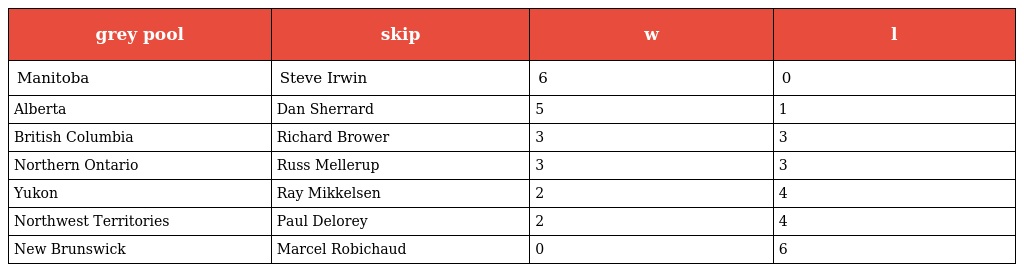
| grey pool | skip | w | l |
 | --- | --- | --- | --- |
 | Manitoba | Steve Irwin | 6 | 0 |
 | Alberta | Dan Sherrard | 5 | 1 |
 | British Columbia | Richard Brower | 3 | 3 |
 | Northern Ontario | Russ Mellerup | 3 | 3 |
 | Yukon | Ray Mikkelsen | 2 | 4 |
 | Northwest Territories | Paul Delorey | 2 | 4 |
 | New Brunswick | Marcel Robichaud | 0 | 6 |